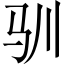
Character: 驯